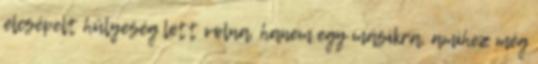
elcsépelt hülyeség lett volna, hanem egy másikra, amihez még